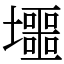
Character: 𡓐